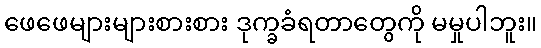
ဖေဖေများများစားစား ဒုက္ခခံရတာတွေကို မမှုပါဘူး။